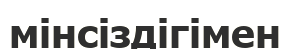
мінсіздігімен